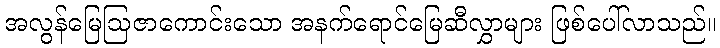
အလွန်မြေဩဇာကောင်းသော အနက်ရောင်မြေဆီလွှာများ ဖြစ်ပေါ်လာသည်။